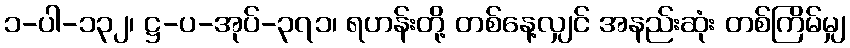
၁-ပါ-၁၃၂၊ ဋ္ဌ-ပ-အုပ်-၃၇၁၊ ရဟန်းတို့ တစ်နေ့လျှင် အနည်းဆုံး တစ်ကြိမ်မျှ